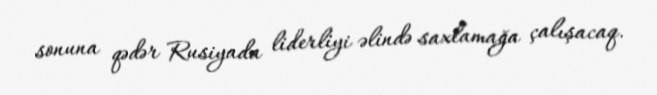
sonuna qədər Rusiyada liderliyi əlində saxlamağa çalışacaq.